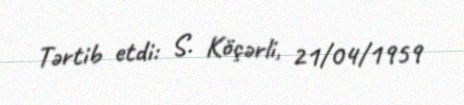
Tərtib etdi: S. Köçərli, 21/04/1959